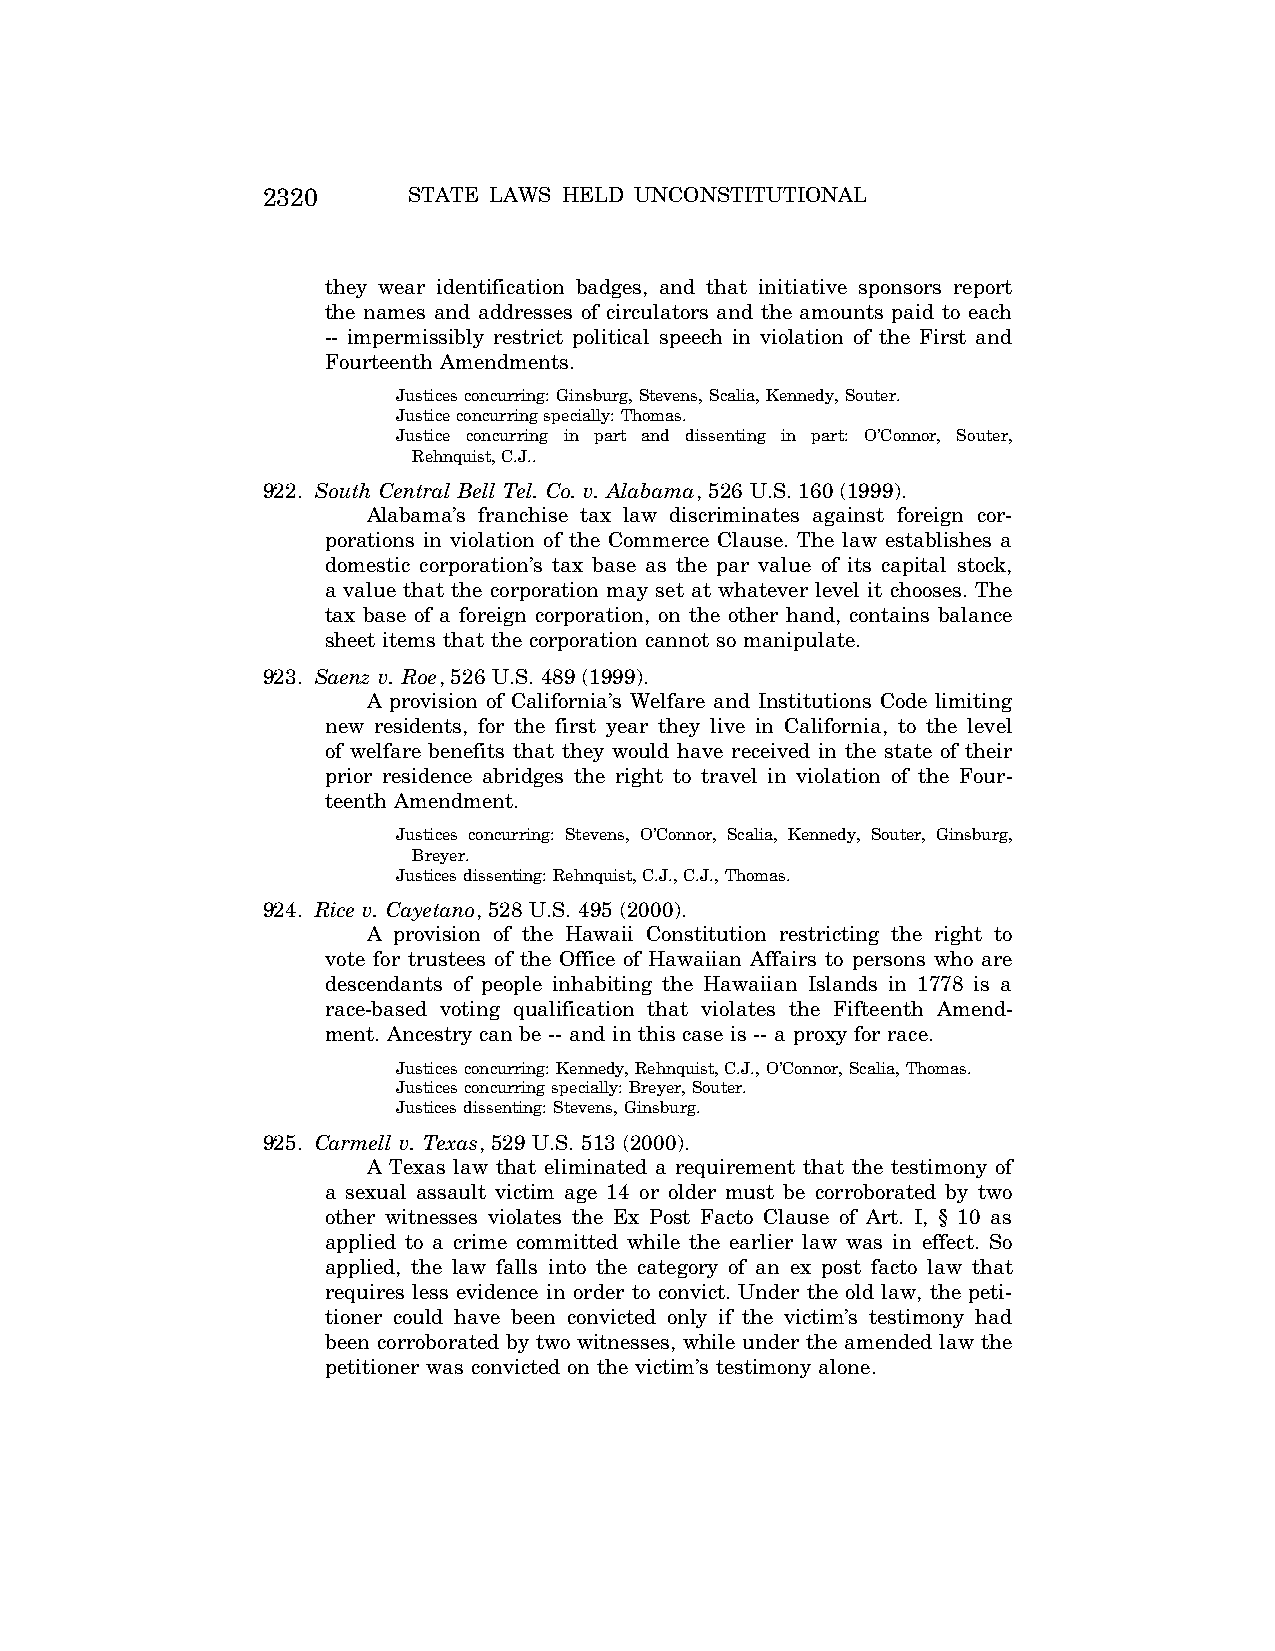
2320      STATE LAWS HELD UNCONSTITUTIONAL
 they wear identification badges, and that initiative sponsors report
 the names and addresses of circulators and the amounts paid to each
 -- impermissibly restrict political speech in violation of the First and
 Fourteenth Amendments.
 Justices concurring: Ginsburg, Stevens, Scalia, Kennedy, Souter.
 Justice concurring specially: Thomas.
 Justice concurring in part and dissenting in part: O’Connor, Souter,
 Rehnquist, C.J..
 922. South Central Bell Tel. Co. v. Alabama, 526 U.S. 160 (1999).
 Alabama’s franchise tax law discriminates against foreign cor-
 porations in violation of the Commerce Clause. The law establishes a
 domestic corporation’s tax base as the par value of its capital stock,
 a value that the corporation may set at whatever level it chooses. The
 tax base of a foreign corporation, on the other hand, contains balance
 sheet items that the corporation cannot so manipulate.
 923. Saenz v. Roe, 526 U.S. 489 (1999).
 A provision of California’s Welfare and Institutions Code limiting
 new residents, for the first year they live in California, to the level
 of welfare benefits that they would have received in the state of their
 prior residence abridges the right to travel in violation of the Four-
 teenth Amendment.
 Justices concurring: Stevens, O’Connor, Scalia, Kennedy, Souter, Ginsburg,
 Breyer.
 Justices dissenting: Rehnquist, C.J., C.J., Thomas.
 924. Rice v. Cayetano, 528 U.S. 495 (2000).
 A provision of the Hawaii Constitution restricting the right to
 vote for trustees of the Office of Hawaiian Affairs to persons who are
 descendants of people inhabiting the Hawaiian Islands in 1778 is a
 race-based voting qualification that violates the Fifteenth Amend-
 ment. Ancestry can be -- and in this case is -- a proxy for race.
 Justices concurring: Kennedy, Rehnquist, C.J., O’Connor, Scalia, Thomas.
 Justices concurring specially: Breyer, Souter.
 Justices dissenting: Stevens, Ginsburg.
 925. Carmell v. Texas, 529 U.S. 513 (2000).
 A Texas law that eliminated a requirement that the testimony of
 a sexual assault victim age 14 or older must be corroborated by two
 other witnesses violates the Ex Post Facto Clause of Art. I, § 10 as
 applied to a crime committed while the earlier law was in effect. So
 applied, the law falls into the category of an ex post facto law that
 requires less evidence in order to convict. Under the old law, the peti-
 tioner could have been convicted only if the victim’s testimony had
 been corroborated by two witnesses, while under the amended law the
 petitioner was convicted on the victim’s testimony alone.
 VerDate Aug<04>2004 12:57 Aug 23, 2004 Jkt 077500 PO 00000 Frm 00160 Fmt 8222 Sfmt 8222 C:\CONAN\CON064.SGM PRFM99 PsN: CON064